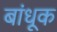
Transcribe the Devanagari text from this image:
बांधूक